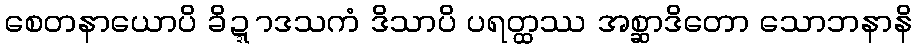
စေတနာယောပိ ခိဍ္ဍာဒသကံ ဒိသာပိ ပရတ္ထဿ အစ္ဆာဒိတော သောဘနာနိ